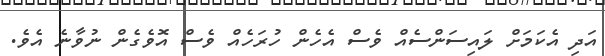
އަދި އެކަމަށް ލައިސަންސެއް ވެސް އެހެން ހުރަހެއް ވެސް އޮވެގެން ނުވާނެ އެވެ.